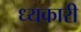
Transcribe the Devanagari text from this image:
ध्यकारी